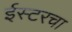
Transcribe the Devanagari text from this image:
ईस्टरचा